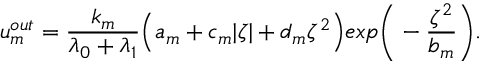
u _ { m } ^ { o u t } = \frac { k _ { m } } { \lambda _ { 0 } + \lambda _ { 1 } } \Big ( a _ { m } + c _ { m } | \zeta | + d _ { m } \zeta ^ { 2 } \Big ) e x p \Bigg ( - \frac { \zeta ^ { 2 } } { b _ { m } } \Bigg ) .